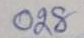
028